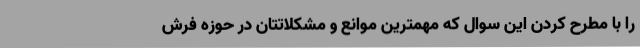
را با مطرح کردن این سوال که مهمترین موانع و مشکلاتتان در حوزه فرش